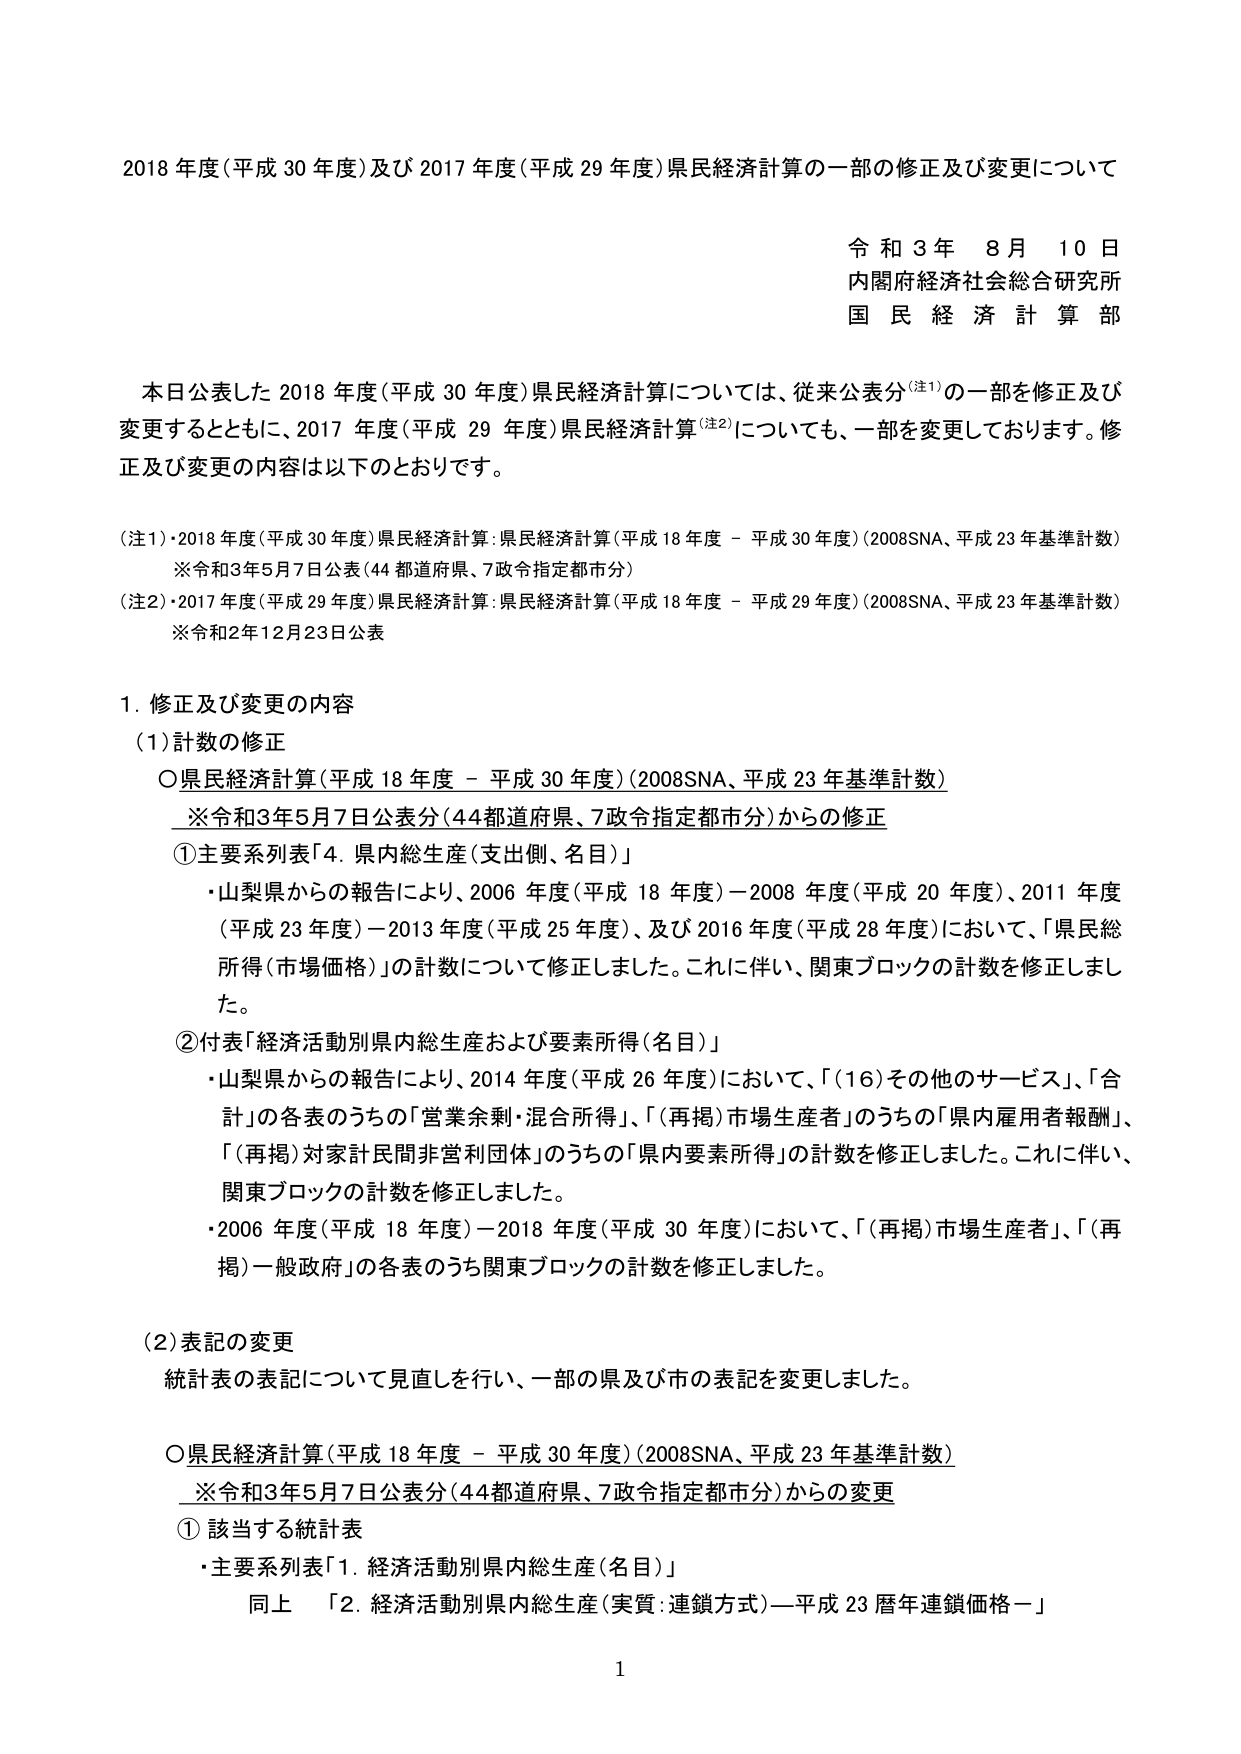
2018年度(平成30年度)及び2017年度(平成29年度)県民経済計算の一部の修正及び変更について

令和3年8月10日
内閣府経済社会総合研究所
国民経済計算部

本日公表した2018年度(平成30年度)県民経済計算については、従来公表分（注1）の一部を修正及び変更するとともに、2017年度(平成29年度)県民経済計算（注2）についても、一部を変更しております。修正及び変更の内容は以下のとおりです。

（注1）・2018年度(平成30年度)県民経済計算：県民経済計算(平成18年度－平成30年度)(2008SNA、平成23年基準計数)
　　※令和3年5月7日公表(44都道府県、7政令指定都市分)
（注2）・2017年度(平成29年度)県民経済計算：県民経済計算(平成18年度－平成29年度)(2008SNA、平成23年基準計数)
　　※令和2年12月23日公表

1. 修正及び変更の内容
（1）計数の修正
　○県民経済計算(平成18年度－平成30年度)(2008SNA、平成23年基準計数)
　　※令和3年5月7日公表分(44都道府県、7政令指定都市分)からの修正
　　①主要系列表「4. 県内総生産(支出側、名目)」
　　　・山梨県からの報告により、2006年度(平成18年度)－2008年度(平成20年度)、2011年度(平成23年度)－2013年度(平成25年度)、及び2016年度(平成28年度)において、「県民総所得(市場価格)」の計数について修正しました。これに伴い、関東ブロックの計数を修正しました。
　　②付表「経済活動別県内総生産および要素所得(名目)」
　　　・山梨県からの報告により、2014年度(平成26年度)において、「(16)その他のサービス」、「合計」の各表のうちの「営業余剰・混合所得」、「(再掲)市場生産者」のうちの「県内雇用者報酬」、「(再掲)対家計民間非営利団体」のうちの「県内要素所得」の計数を修正しました。これに伴い、関東ブロックの計数を修正しました。
　　　・2006年度(平成18年度)－2018年度(平成30年度)において、「(再掲)市場生産者」、「(再掲)一般政府」の各表のうち関東ブロックの計数を修正しました。

（2）表記の変更
　統計表の表記について見直しを行い、一部の県及び市の表記を変更しました。

　○県民経済計算(平成18年度－平成30年度)(2008SNA、平成23年基準計数)
　　※令和3年5月7日公表分(44都道府県、7政令指定都市分)からの変更
　　①該当する統計表
　　　・主要系列表「1. 経済活動別県内総生産(名目)」
　　　　同上　「2. 経済活動別県内総生産(実質:連鎖方式)－平成23暦年連鎖価格－」

1